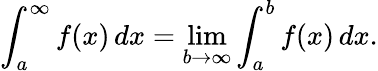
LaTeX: \int_{a}^{\infty}f(x)\, dx=\operatorname*{lim}_{b\to\infty}\int_{a}^{b}f(x)\, dx.